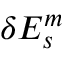
\delta E _ { s } ^ { m }